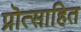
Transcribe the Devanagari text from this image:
प्रॊत्साहित